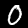
Label: 0